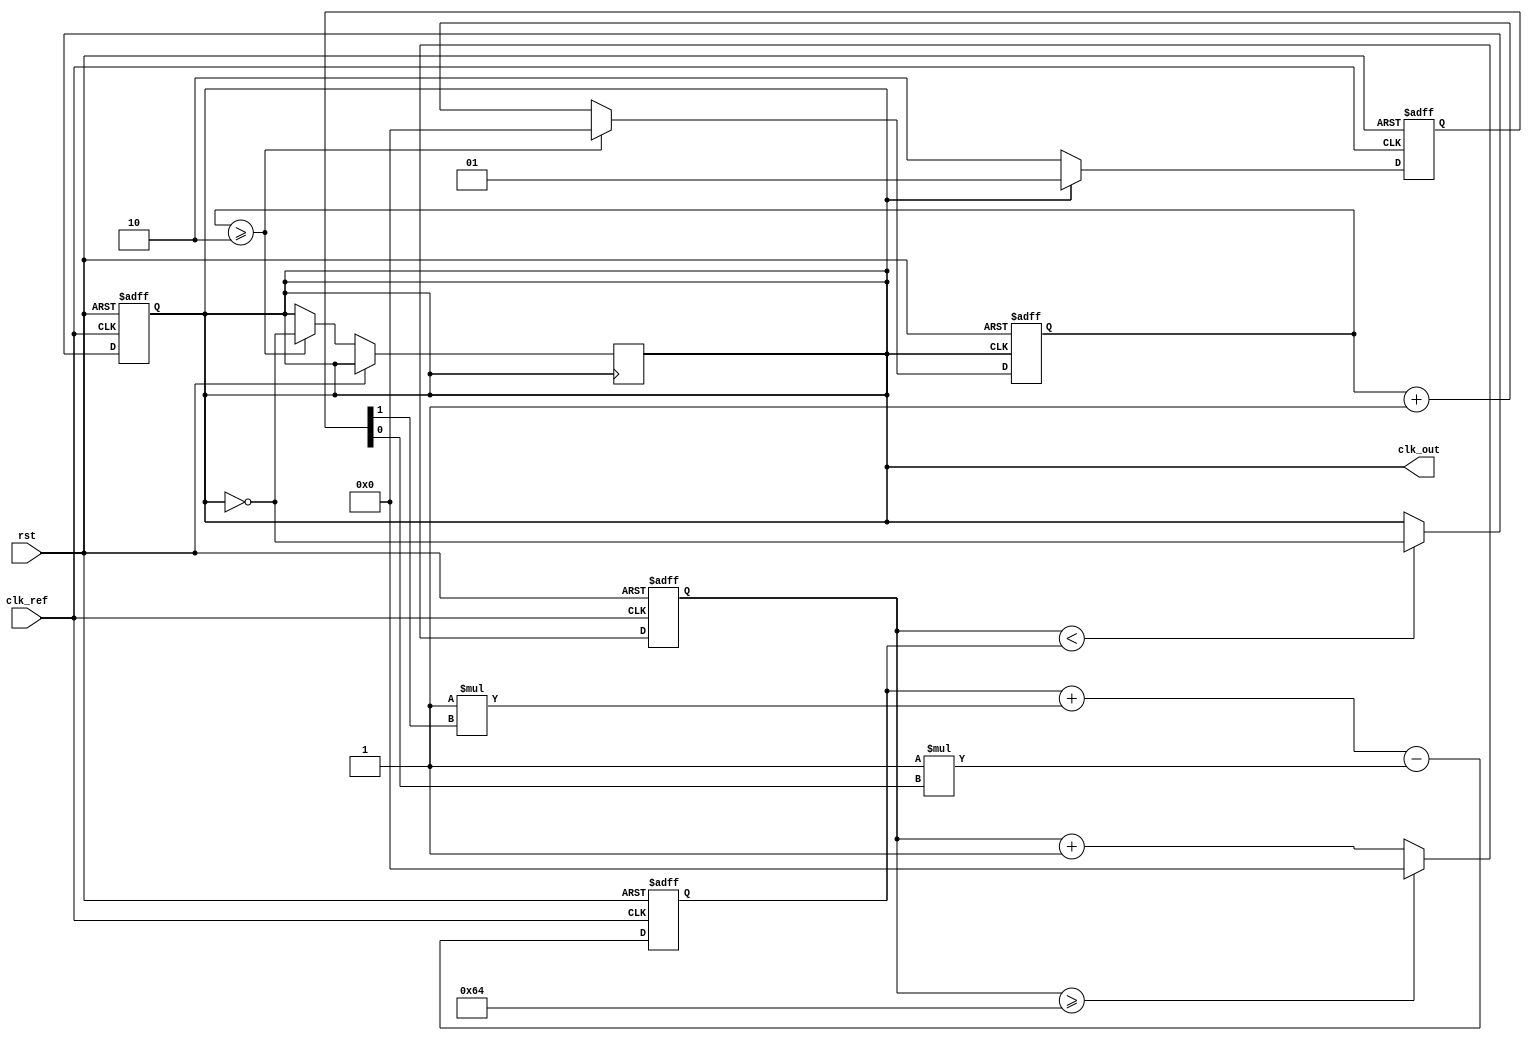
module parameterized_PLL #(
    parameter F_ref = 50_000_000,         // Reference frequency in Hz
    parameter F_out = 100_000_000,        // Output frequency in Hz
    parameter N = (F_out / F_ref),        // Division ratio
    parameter Kp = 1,                     // Proportional gain of the loop filter
    parameter Ki = 1                      // Integral gain of the loop filter
)(
    input wire clk_ref,                   // Reference clock input
    input wire rst,                       // Reset signal
    output reg clk_out                    // Output clock
);

    // Internal signals
    reg [1:0] phase_detector_out;         // Output of the phase detector
    reg [15:0] control_voltage;            // Control voltage for VCO
    reg [31:0] vco_count;                  // Counter for VCO
    wire clk_div;                         // Divided clock output

    // Phase Detector (PD)
    always @(posedge clk_ref or posedge rst) begin
        if (rst) begin
            phase_detector_out <= 2'b00;  // Reset PD output
        end else begin
            phase_detector_out <= (clk_out == 1) ? 2'b01 : 2'b10; // Simple XOR-like behavior for PD
        end
    end

    // Loop Filter (LF)
    always @(posedge clk_ref or posedge rst) begin
        if (rst) begin
            control_voltage <= 16'b0;  // Reset control voltage
        end else begin
            control_voltage <= control_voltage + (Kp * phase_detector_out[1]) - (Ki * phase_detector_out[0]); // Simple filter implementation
        end
    end

    // Voltage-Controlled Oscillator (VCO)
    always @(posedge clk_ref or posedge rst) begin
        if (rst) begin
            vco_count <= 32'b0; // Reset counter
            clk_out <= 1'b0;    // Reset output clock
        end else begin
            if (vco_count < control_voltage) begin
                clk_out <= ~clk_out;  // Toggle clock based on control voltage
            end
            vco_count <= vco_count + 1; // Increment VCO counter
            // Reset count when it exceeds max value (simple implementationist)
            if (vco_count >= 100) begin // Maximum count limit
                vco_count <= 32'b0;
            end
        end
    end

    // Frequency Divider
    reg [31:0] divider_count;
    always @(posedge clk_out or posedge rst) begin
        if (rst) begin
            divider_count <= 32'b0;
        end else begin
            divider_count <= divider_count + 1;
            if (divider_count >= N) begin
                clk_div <= ~clk_div;  // Generate divided clock
                divider_count <= 32'b0; 
            end
        end
    end

    // Feedback connection to PD
    assign clk_out = clk_div;

endmodule